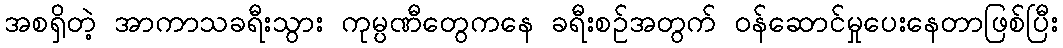
အစရှိတဲ့ အာကာသခရီးသွား ကုမ္ပဏီတွေကနေ ခရီးစဉ်အတွက် ဝန်ဆောင်မှုပေးနေတာဖြစ်ပြီး